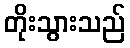
တိုးသွားသည်